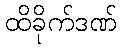
ထိခိုက်ဒဏ်